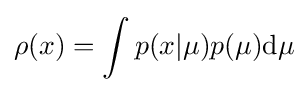
\rho (x)=\int p(x|\mu )p(\mu ){\text{d}}\mu